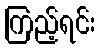
ကြည့်ရင်း